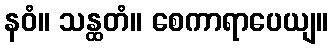
နဝံ။ သန္ထတံ။ စေကာရာပေယျ။